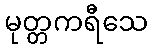
မုတ္တကရီသေ